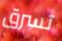
تسرق